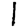
Digit: 1